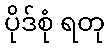
ပိုဒ်စုံ ရတု